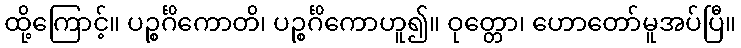
ထို့ကြောင့်။ ပဉ္စင်္ဂိကောတိ၊ ပဉ္စင်္ဂိကောဟူ၍။ ဝုတ္တော၊ ဟောတော်မူအပ်ပြီ။